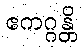
ဧကဂ္ဂန္တိ